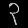
Digit: ၃